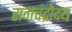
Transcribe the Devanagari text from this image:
रागचंद्रोदय